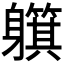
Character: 𲄰